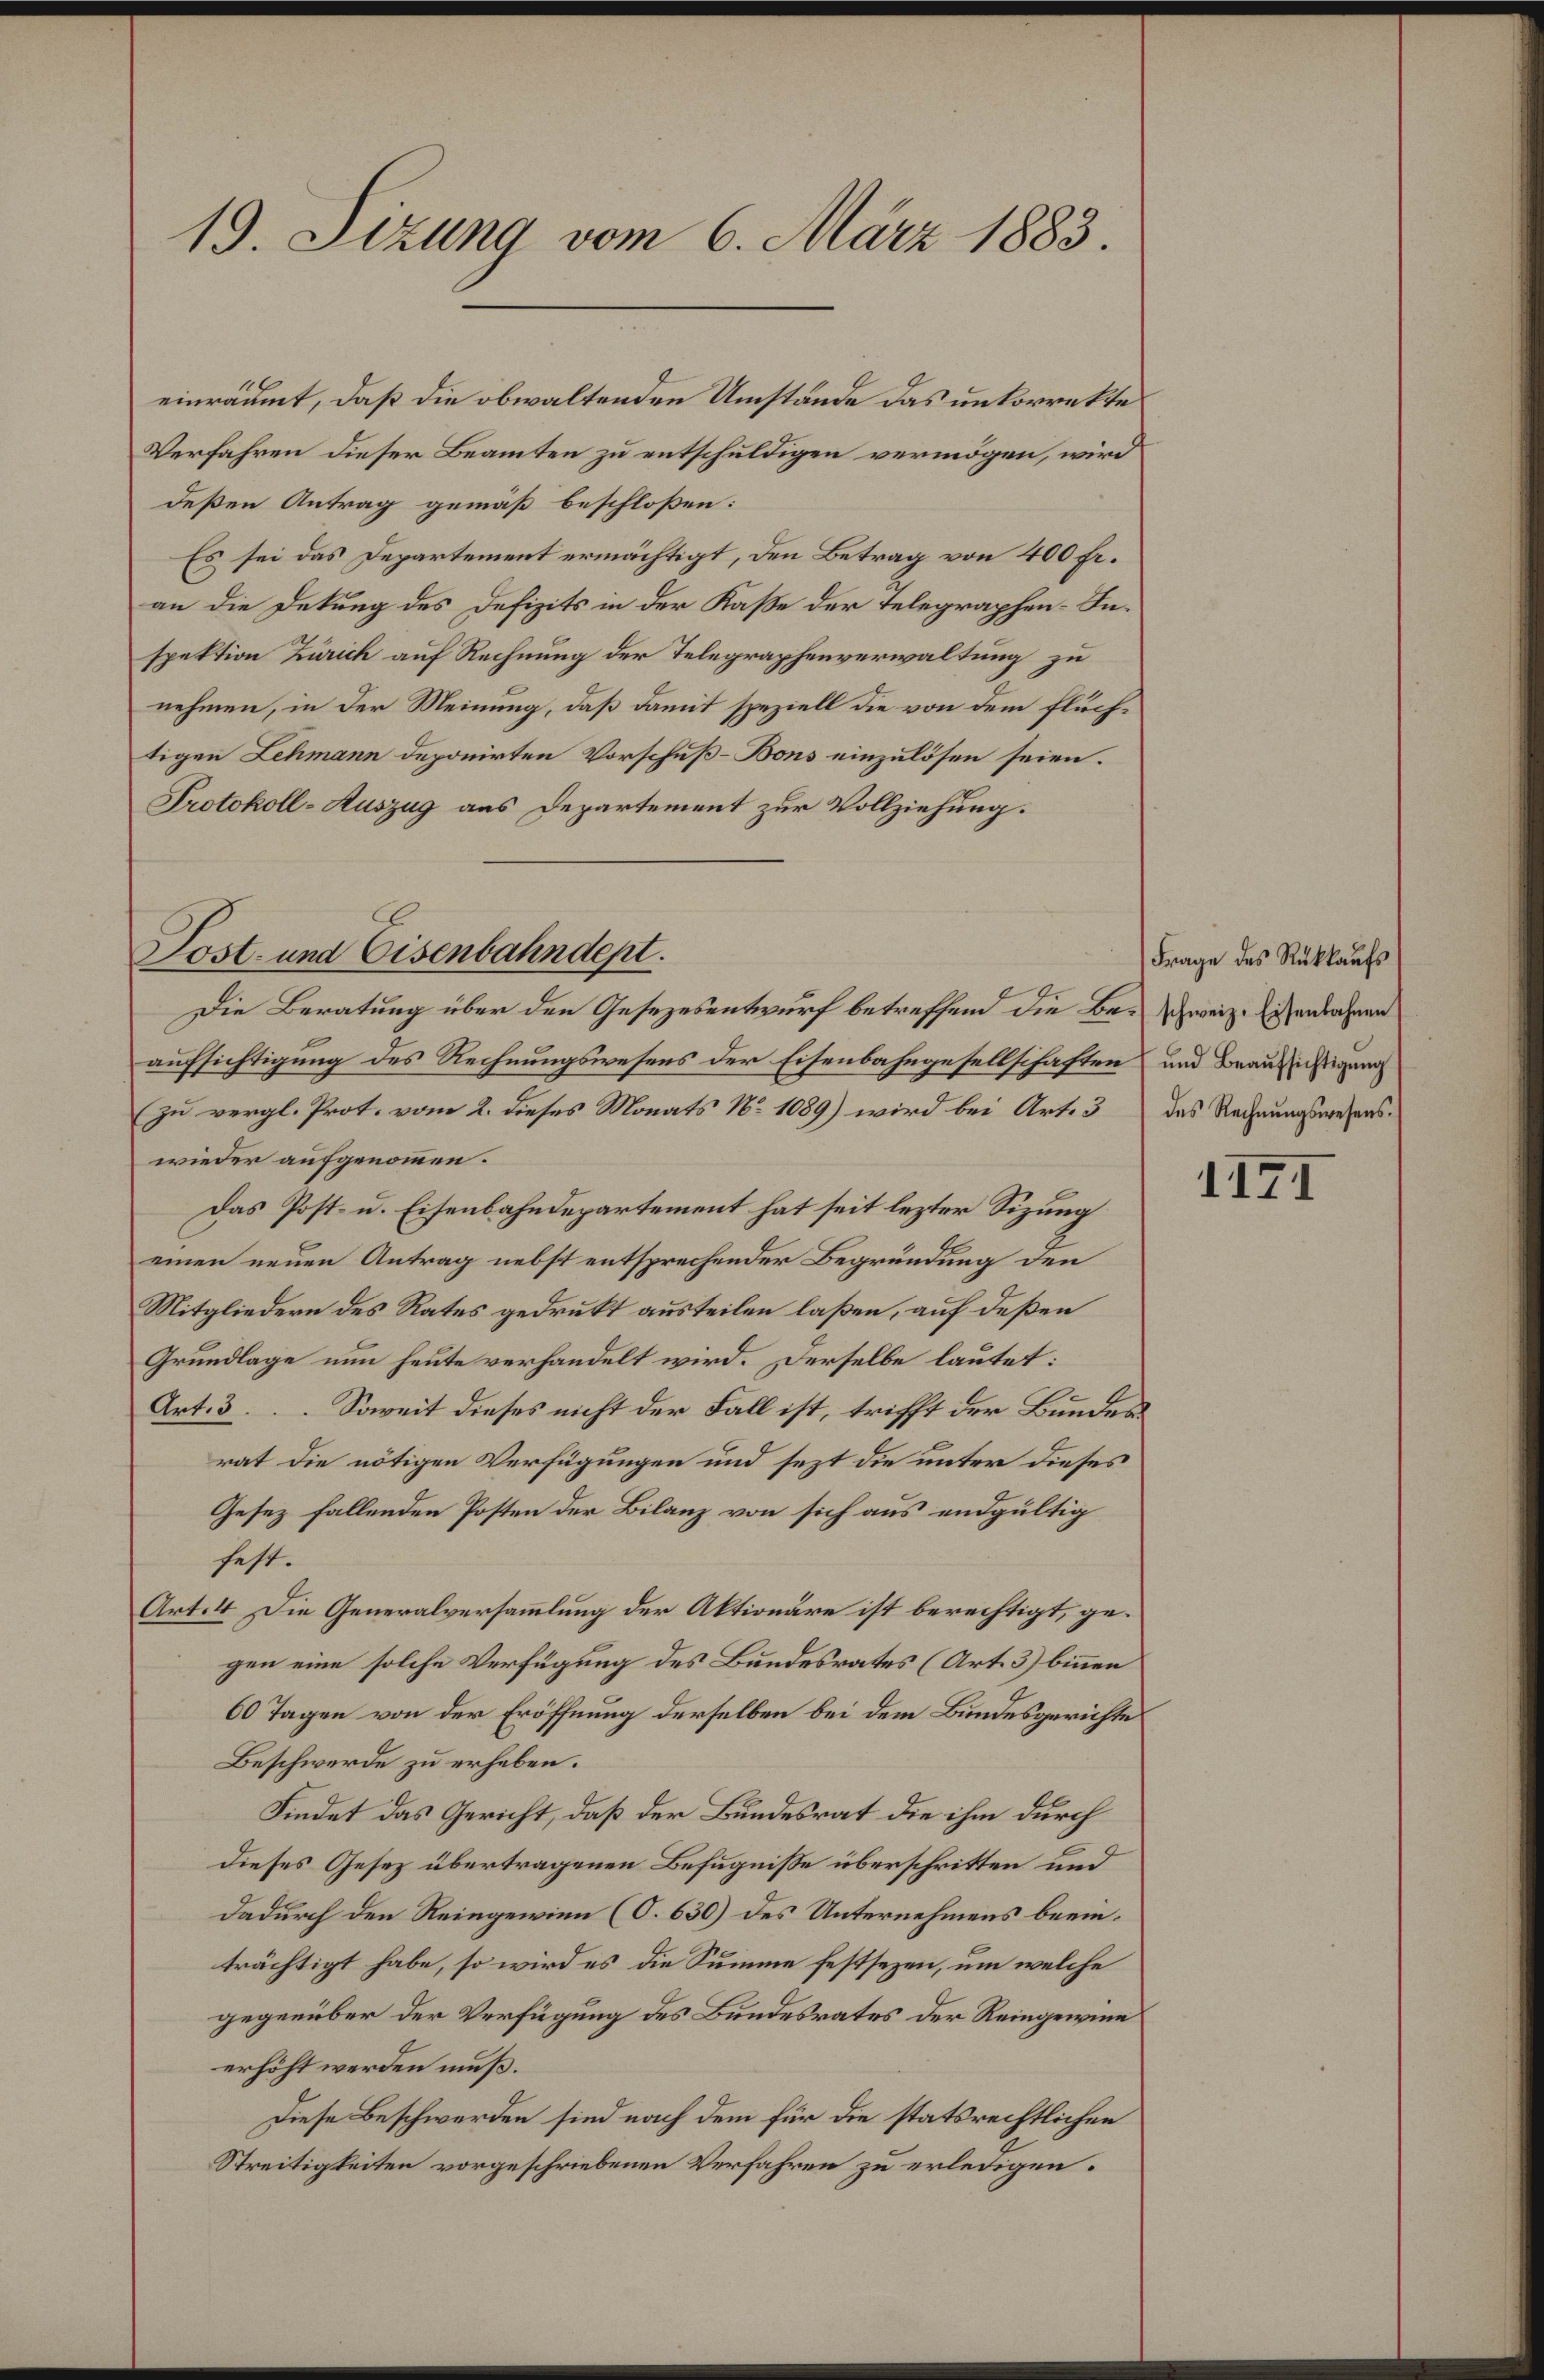
19. Sizung vom 6. März 1883.

Lost- und Eisenbahndept.

Verfahren dieser Beamten zu entschuldigen vermögen, wird
deßen Antrag gemäß beschloßen:
Es sei das Departement ermächtigt, den Betrag von 400 Fr.
an die Dekung des Defizits in der Kaße der Telegraphen-Inspektion Zürich auf Rechnung der Telegraphenverwaltung zu
nehmen, in der Meinung, daß damit speziell die von dem flüchtigen Lehmann deponirten Vorschuß-Bons einzulösen seien.
Protokoll-Auszug aus Departement zur Vollziehung.
Die Beratung über den Gesezesentwurf betreffend die Be-Zweiz. Eisenbahnen
aufsichtigung des Rechnungswesens der Eisenbahngesellschaften und Braussichtigung
zu vergl. Prot. vom 2. dieses Monats No 1089) wird bei Art. 3 das Rechnungswesenswieder aufgenommen.
Das Post- u. Eisenbahndepartement hat seit lezter Sizung
einen neuen Antrag nebst entsprechender Begründung den
Mitgliedern des Rates gedrukt austeilen laßen, auf deßen
Grundlage nun heute verhandelt wird. Derselbe lautet:
Art. 3. Soweit dieses nicht der Fall ist, trifft der Bundes
rat die nötigen Verfügungen und jezt die unter dieses
Gesez fallenden Posten der Bilanz von sich aus endgültig
sest.
Art. 4. Die Generalversammlung der Aktionäre ist berechtigt, gegen eine solche Verfügung des Bundesrates (Art. 3) binnen
60 Tagen von der Eröffnung derselben bei dem Bundesgerichte
Beschwerde zu erheben.
Findet das Gericht, daß der Bundesrat die ihm durch
dieses Gesetz übertragenen Befugnisse überschritten und
dadurch den Reingewinn (O. 630) des Unternehmens beeinträchtigt habe, so wird es die Summe festsezen, um welche
gegenüber der Verfügung des Bundesrates der Reingewinn
erhöht werden muß.
Diese Beschwerden sind nach dem für die statsrechtlichen
Streitigkeiten vorgeschriebenen Verfahren zu erledigen.

einräumt, daß die obwaltenden Umstände das unkorrekte

Frage des Rückkaufs

117I